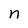
Character: n